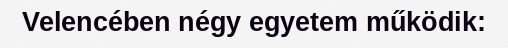
Velencében négy egyetem működik: